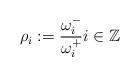
LaTeX: \begin{align*}\rho_i:=\frac{\omega_i^-}{\omega_i^+} i \in\mathbb{Z}\end{align*}